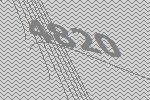
4820